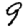
Digit: 9